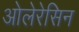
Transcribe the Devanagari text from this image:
ओलेरेसिन